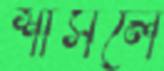
শাসলে